Vaccination Hyderabad 1872-1889 - 1872-1889
Year: 1872
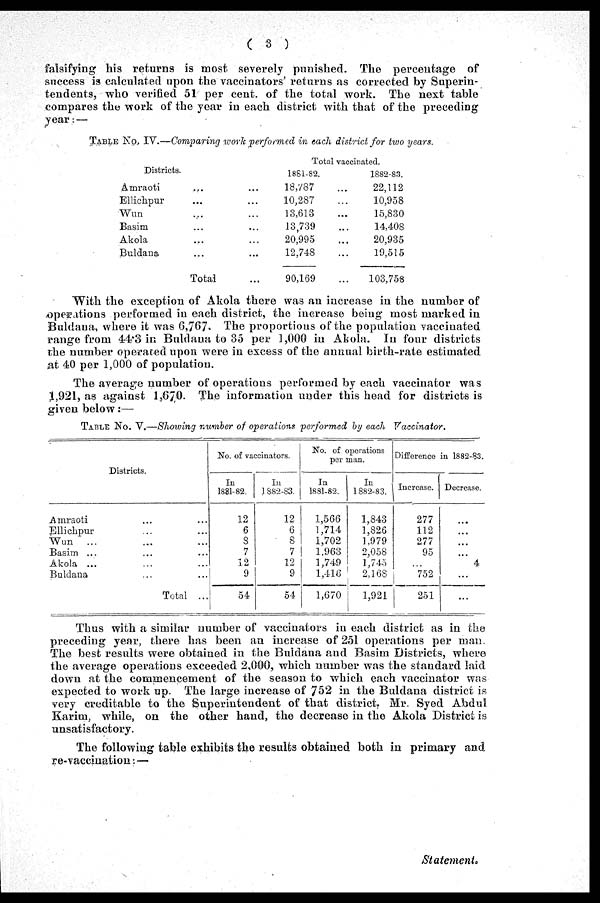
( 3 )
falsifying his returns is most severely punished. The percentage of
success is calculated upon the vaccinators' returns as corrected by Superin-
tendents, who verified 51' per cent. of the total work. The next table
compares the work of the year in each district with that of the preceding
year:—
TABLE No. IV.—Comparing work performed in each district for two years.
Districts.
Amraoti ... ...
Ellichpur ... ...
Wun ... ...
Basim ... ...
Akola ... ...
Buldana ... ...
Total ...
Total vaccinated.
1881-82.
18,787 ...
10,287 ...
13,613 ...
13,739 ...
20,995 ...
12,748 ...
90,169 ...
1882-83.
22,112
10,958
15,830
14,408
20,935
19,515
103,758
With the exception of Akola there was an increase in the number of
operations performed in each district, the increase being most marked in
Buldana, where it was 6,767. The proportions of the population vaccinated
range from 44.3 in Buldana to 35 per 1,000 in Akola. In four districts
the number operated upon were in excess of the annual birth-rate estimated
at 40 per 1,000 of population.
The average number of operations performed by each vaccinator was
1,921, as against 1,670. The information under this head for districts is
given below:—
TABLE No. V.—Showing number of operations performed by each Vaccinator.
Districts.
Amraoti ... ...
Ellichpur ... ...
Wun ... ...
Basim ... ...
Akola ... ...
Buldana ... ...
Total ...
No. of vaccinators.
In
1881-82.
12
6
8
7
12
9
54
In
1882-83.
12
6
8
7
12
9
54
No. of operations
per man.
In
1881-82.
1,566
1,714
1,702
1,963
1,749
1,416
1,670
In
1882-83.
1,843
1,826
1,979
2,058
1,745
2,168
1,921
Difference in 1882-83.
Increase.
277
112
277
95
...
752
251
Decrease.
...
...
...
...
4
...
...
Thus with a similar number of vaccinators in each district as in the
preceding year, there has been an increase of 251 operations per man.
The best results were obtained in the Buldana and Basim Districts, where
the average operations exceeded 2,000, which number was the standard laid
down at the commencement of the season to which each vaccinator was
expected to work up. The large increase of 752 in the Buldana district is
very creditable to the Superintendent of that district, Mr. Syed Abdul
Karim, while, on the other hand, the decrease in the Akola District is
unsatisfactory.
The following table exhibits the results obtained both in primary and
re-vaccination:—
Statement.